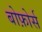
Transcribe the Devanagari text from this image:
बोफ़ोर्स